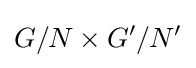
G/N\times G'/N'